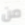
من